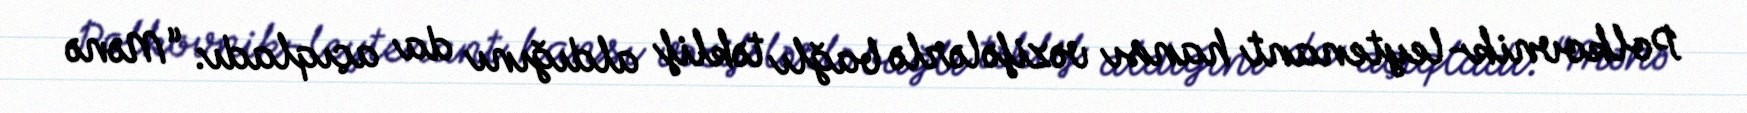
Polkovnik-leytenant hansı vəzifələrlə bağlı təklif aldığını da açıqladı: “Mənə